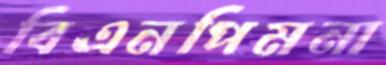
বিএনপিমনা